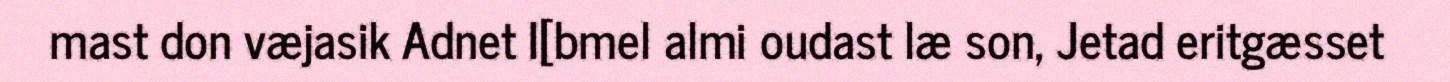
mast don væjasik Adnet I[bmel almi oudast læ son, Jetad eritgæsset